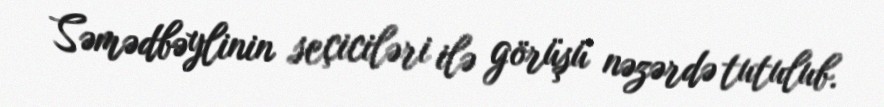
Səmədbəylinin seçiciləri ilə görüşü nəzərdə tutulub.